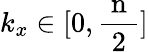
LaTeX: k_{x}\in[0,\frac{\mathrm{~n~}}{2}]